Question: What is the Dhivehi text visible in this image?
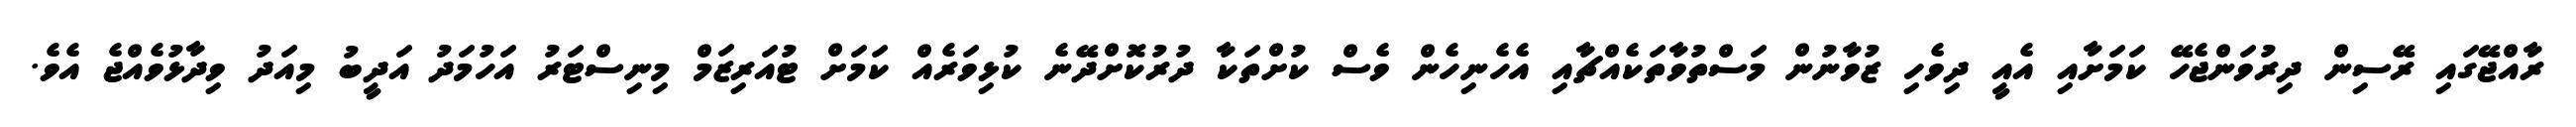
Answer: ރާއްޖޭގައި ރޭސިން ދިރުވަންޖެހޭ ކަމަށާއި އެއީ ދިވެހި ޒުވާނުން މަސްތުވާތަކެއްޗާއި އެހެނިހެން ވެސް ކުށްތަކާ ދުރުކޮށްދޭނެ ކުޅިވަރެއް ކަމަށް ޓުއަރިޒަމް މިނިސްޓަރު އަހުމަދު އަދީބު މިއަދު ވިދާޅުވެއްޖެ އެވެ.